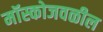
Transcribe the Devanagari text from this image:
मॉस्कोजवळील